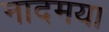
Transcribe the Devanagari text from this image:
नादमया